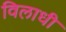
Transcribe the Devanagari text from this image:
विलाधी